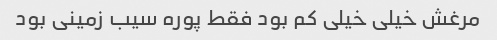
مرغش خیلی خیلی کم بود فقط پوره سیب زمینی بود